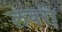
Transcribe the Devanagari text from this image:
लबरी